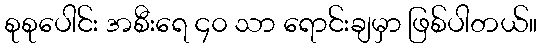
စုစုပေါင်း အစီးရေ ၄၀ သာ ရောင်းချမှာ ဖြစ်ပါတယ်။